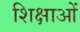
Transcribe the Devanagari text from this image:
शिक्षाआें